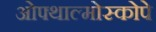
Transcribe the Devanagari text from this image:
ओफ्थाल्मोस्कोपे